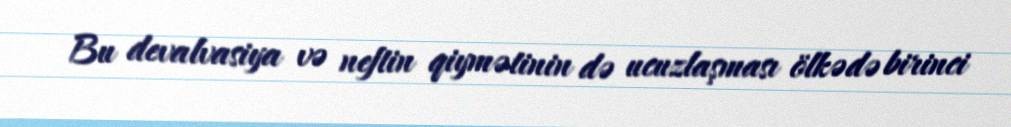
Bu devalvasiya və neftin qiymətinin də ucuzlaşması ölkədə birinci